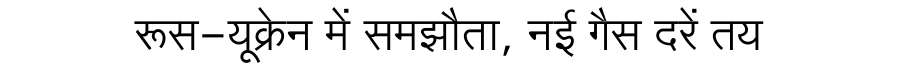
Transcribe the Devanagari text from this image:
रूस-यूक्रेन में समझौता, नई गैस दरें तय